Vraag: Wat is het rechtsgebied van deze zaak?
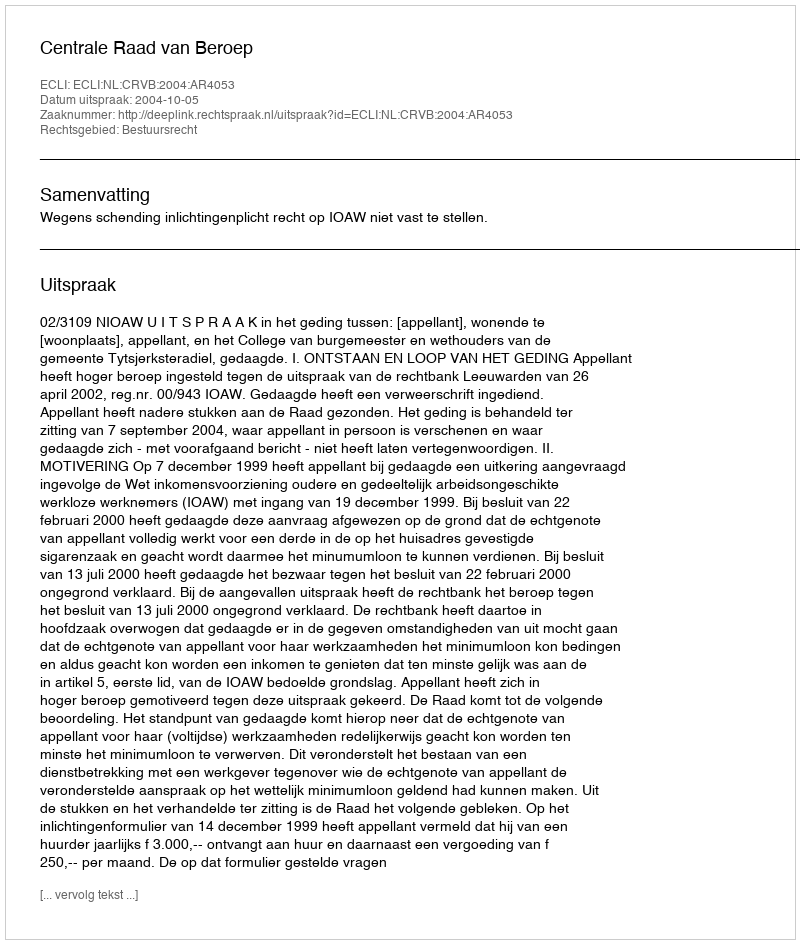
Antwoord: Bestuursrecht